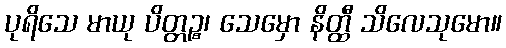
ပုရိသေ မာယု ပိတ္တဉ္စ၊ သေမှော နိတ္ထီ သိလေသုမော။